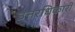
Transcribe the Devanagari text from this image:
उत्तरधिकारी